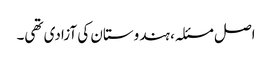
اصل مسئلہ، ہندوستان کی آزادی تھی۔